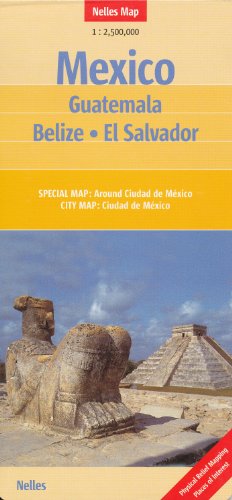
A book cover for Mexico, Guatemala, Belize & El Salvador 1:2,500,000 Travel Map NELLES; Nelles Verlag; Travel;